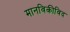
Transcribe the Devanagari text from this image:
मानविकीविद